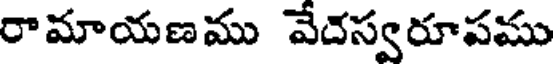
రామాయణము వేదస్వరూపము